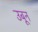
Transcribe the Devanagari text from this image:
उबून